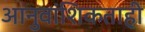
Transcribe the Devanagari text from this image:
आनुवांशिकताही